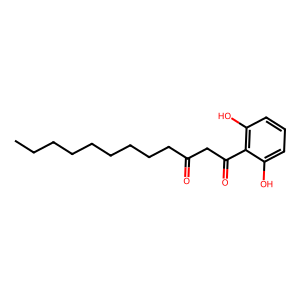
SMILES: CCCCCCCCCC(=O)CC(=O)c1c(O)cccc1O
Inhibits HIV replication: No